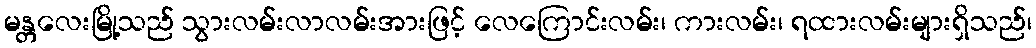
မန္တလေးမြို့သည် သွားလမ်းလာလမ်းအားဖြင့် လေကြောင်းလမ်း၊ ကားလမ်း၊ ရထားလမ်းများရှိသည်၊